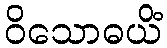
ဝိသောဓယိံ